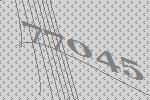
77045